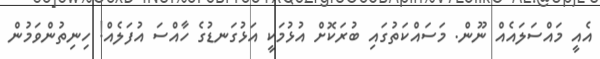
އެއީ މައްސަލައެއް ނޫން. މަސައްކަތުގައި ބުރަކޮށް އުޅުމަކީ އަޅުގަނޑުގެ ހާއްސަ އުފަލެއް! ހިނިތުންވަމުން